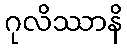
ဂုလိဿာနိ